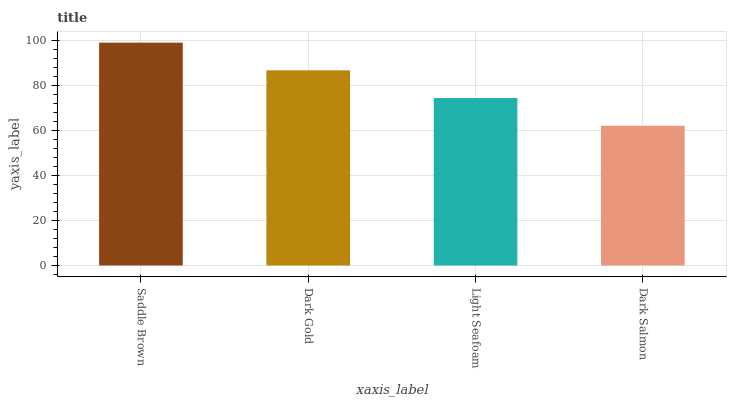
| xaxis_label | bars |
 | --- | --- |
 | Saddle Brown | 99 |
 | Dark Gold | 86.7 |
 | Light Seafoam | 74.4 |
 | Dark Salmon | 62.1 |